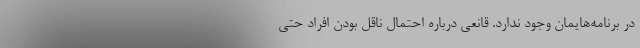
در برنامه‌هایمان وجود ندارد. قانعی درباره احتمال ناقل بودن افراد حتی